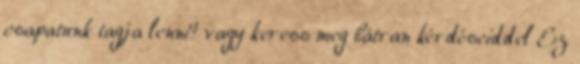
csapatunk tagja lenni? vagy keress meg bátran kérdéseiddel Ez